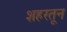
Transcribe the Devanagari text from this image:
शहरतून